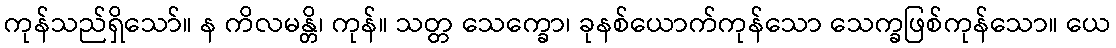
ကုန်သည်ရှိသော်။ န ကိလမန္တိ၊ ကုန်။ သတ္တ သေက္ခော၊ ခုနစ်ယောက်ကုန်သော သေက္ခဖြစ်ကုန်သော။ ယေ